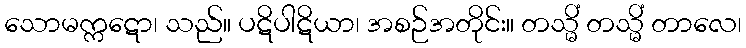
သောမက္ကဋော၊ သည်။ ပဋိပါဋိယာ၊ အစဉ်အတိုင်း။ တသ္မိံ တသ္မိံ တာလေ၊